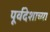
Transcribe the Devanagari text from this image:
पूर्वदेशाच्या